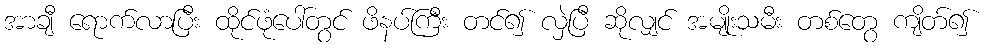
အာချီ ရောက်လာပြီး ထိုင်ဖုံပေါ်တွင် ဖိနပ်ကြီး တင်၍ လှဲပြီ ဆိုလျှင် အမျိုးသမီး တစ်တွေ ကျိတ်၍